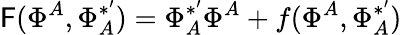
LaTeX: \mathsf{F}(\Phi^{A},\Phi_{A}^{*^{\prime}})=\Phi_{A}^{*^{\prime}}\Phi^{A}+f(\Phi^{A},\Phi_{A}^{*^{\prime}})